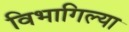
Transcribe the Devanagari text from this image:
विभागिल्या